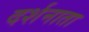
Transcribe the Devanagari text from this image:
दर्शनाता